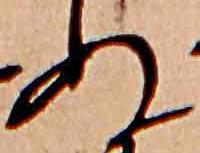
ぬ